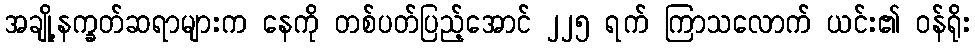
အချို့နက္ခတ်ဆရာများက နေကို တစ်ပတ်ပြည့်အောင် ၂၂၅ ရက် ကြာသလောက် ယင်း၏ ဝန်ရိုး